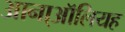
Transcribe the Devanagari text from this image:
आना्ऑलियह